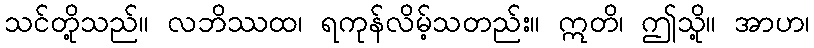
သင်တို့သည်။ လဘိဿထ၊ ရကုန်လိမ့်သတည်း။ ဣတိ၊ ဤသို့။ အာဟ၊